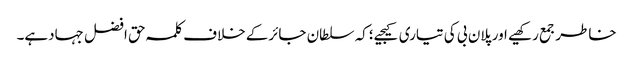
خاطرجمع رکھیے اورپلان بی کی تیاری کیجیے؛کہ سلطان جائرکے خلاف کلمہ حق افضل جہادہے۔